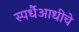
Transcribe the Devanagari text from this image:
स्पर्धैआधीचे